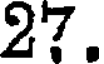
27.